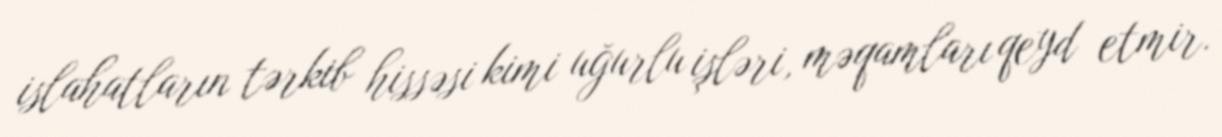
islahatların tərkib hissəsi kimi uğurlu işləri, məqamları qeyd etmir.